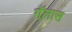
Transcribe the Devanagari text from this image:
गॅलास